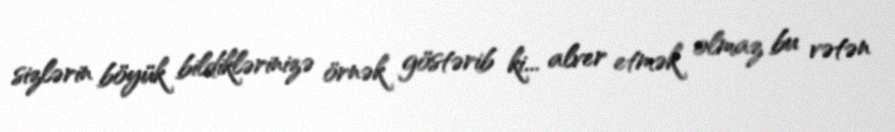
sizlərin böyük bildiklərinizə örnək göstərib ki... alver etmək olmaz bu vətən